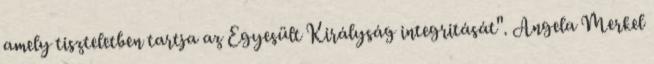
amely tiszteletben tartja az Egyesült Királyság integritását". Angela Merkel